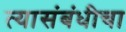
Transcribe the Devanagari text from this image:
त्यासंबंधीचा